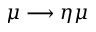
\mu \longrightarrow \eta \mu